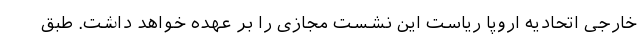
خارجی اتحادیه اروپا ریاست این نشست مجازی را بر عهده خواهد داشت. طبق